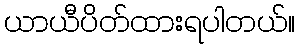
ယာယီပိတ်ထားရပါတယ်။